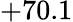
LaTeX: +70.1